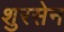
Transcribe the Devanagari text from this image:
शुरसेन